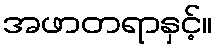
အဖာတရာနှင့်။